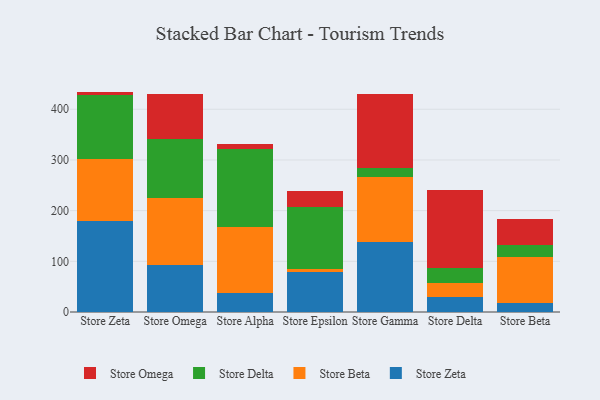
{"axis": {"x": "Store", "y": "Population (Million)"}, "legend": ["Store Beta", "Store Delta", "Store Omega", "Store Zeta"], "data": [{"x": "Store Zeta", "y": 178.7, "type": "Store Zeta"}, {"x": "Store Zeta", "y": 124.2, "type": "Store Beta"}, {"x": "Store Zeta", "y": 125.4, "type": "Store Delta"}, {"x": "Store Zeta", "y": 6.6, "type": "Store Omega"}, {"x": "Store Omega", "y": 93.2, "type": "Store Zeta"}, {"x": "Store Omega", "y": 131.6, "type": "Store Beta"}, {"x": "Store Omega", "y": 116.8, "type": "Store Delta"}, {"x": "Store Omega", "y": 88.2, "type": "Store Omega"}, {"x": "Store Alpha", "y": 36.9, "type": "Store Zeta"}, {"x": "Store Alpha", "y": 131.7, "type": "Store Beta"}, {"x": "Store Alpha", "y": 154.0, "type": "Store Delta"}, {"x": "Store Alpha", "y": 8.0, "type": "Store Omega"}, {"x": "Store Epsilon", "y": 79.3, "type": "Store Zeta"}, {"x": "Store Epsilon", "y": 5.9, "type": "Store Beta"}, {"x": "Store Epsilon", "y": 121.5, "type": "Store Delta"}, {"x": "Store Epsilon", "y": 32.1, "type": "Store Omega"}, {"x": "Store Gamma", "y": 137.5, "type": "Store Zeta"}, {"x": "Store Gamma", "y": 128.9, "type": "Store Beta"}, {"x": "Store Gamma", "y": 18.3, "type": "Store Delta"}, {"x": "Store Gamma", "y": 145.5, "type": "Store Omega"}, {"x": "Store Delta", "y": 30.3, "type": "Store Zeta"}, {"x": "Store Delta", "y": 26.4, "type": "Store Beta"}, {"x": "Store Delta", "y": 29.3, "type": "Store Delta"}, {"x": "Store Delta", "y": 154.7, "type": "Store Omega"}, {"x": "Store Beta", "y": 17.7, "type": "Store Zeta"}, {"x": "Store Beta", "y": 91.1, "type": "Store Beta"}, {"x": "Store Beta", "y": 22.9, "type": "Store Delta"}, {"x": "Store Beta", "y": 52.5, "type": "Store Omega"}]}